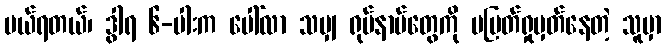
ပယ်ရတယ်၊ ဒွါရ ၆-ပါးက ပေါ်လာ သမျှ ရုပ်နာမ်တွေကို မပြတ်ရှုမှတ်နေတဲ့ သူမှာ